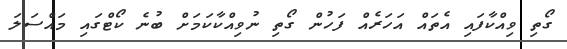
ގޯތި ވިއްކާފައި އެތައް އަހަރެއް ފަހުން ގޯތި ނުވިއްކާކަމަށް ބުނެ ކޯޓްގައި މައްސަލަ